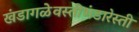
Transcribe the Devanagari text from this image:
खंडागळेवस्तीभंडारेस्ती